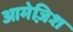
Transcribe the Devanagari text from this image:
आमेज़िश